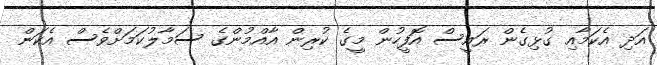
އަދި އެކަމާއި ގުޅިގެން ރައީސް އޮފީހުން މީގެ ކުރިން އާއްމުންގެ ސަމާލުކަމަށްވެސް އެކަން